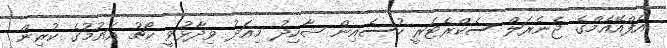
އެފްއޭއެމްގެ ޖެނެރަލް ސެކްރެޓަރީ ހުސެއިން ޝާހިދު މިއަދު ވިދާޅުވީ ކޯޗު އައުމުގެ ކުރިން